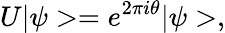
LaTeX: U|\psi>=e^{2\pi i\theta}|\psi>,